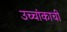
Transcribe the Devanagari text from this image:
उच्चांकाची